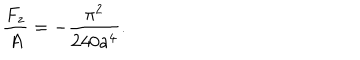
\frac { F _ { z } } { A } = - \frac { \pi ^ { 2 } } { 2 4 0 a ^ { 4 } } .